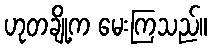
ဟုတချို့က မေးကြသည်။